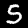
Label: 5